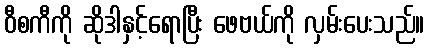
ဝီစကီကို ဆိုဒါနှင့်ရောပြီး ဖေဗယ်ကို လှမ်းပေးသည်။